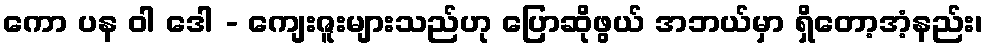
ကော ပန ဝါ ဒေါ - ကျေးဇူးများသည်ဟု ပြောဆိုဖွယ် အဘယ်မှာ ရှိတော့အံ့နည်း၊